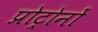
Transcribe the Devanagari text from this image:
प्रोट्रोनों